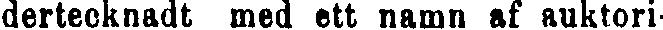
dertecknadt med ett namn af auktori-